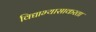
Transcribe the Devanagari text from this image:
विद्याभ्यासाकरता